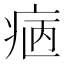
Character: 𤵿